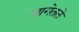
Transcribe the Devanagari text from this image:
जागेतले